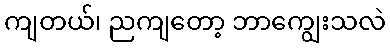
ကျတယ်၊ ညကျတော့ ဘာကျွေးသလဲ